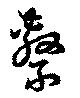
繋